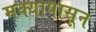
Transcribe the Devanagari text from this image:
मक्यापासून